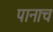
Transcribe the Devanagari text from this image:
पानाच